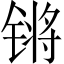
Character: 锵